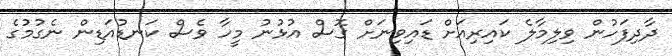
ދާދިފަހުން ވިލިމާލެ ކައިރިއަށް ޑައިވިނަށް ގޮސް އުޅުނު މީހާ ވެސް ކަނޑުއަޑިން ނެގުމުގެ